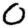
Digit: 0